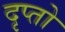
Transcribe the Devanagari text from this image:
दृप्तो